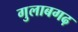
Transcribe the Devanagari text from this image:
गुलाबगढ़